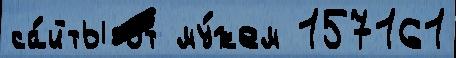
са́йты от му́жем 157161